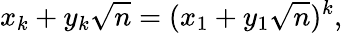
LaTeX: x_{k}+y_{k}{\sqrt{n}}=(x_{1}+y_{1}{\sqrt{n}})^{k},